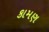
કામણ